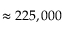
\approx 2 2 5 , 0 0 0